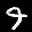
Label: 9